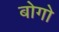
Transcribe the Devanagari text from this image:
बोगो